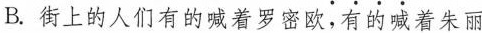
B.街上的人们有的喊着罗密欧，有的喊着朱丽